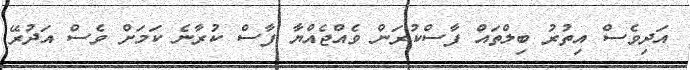
އަދިވެސް އިތުރު ބިލްތައް ފާސްކުރަން ވެއްޖެއްޔާ ފާސް ކުރާނެ ކަމަށް ވެސް އަދުރޭ